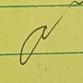
Signature authenticity: genuine